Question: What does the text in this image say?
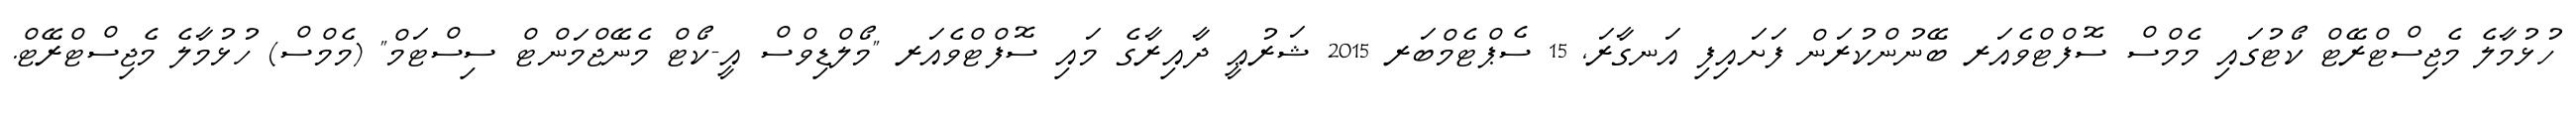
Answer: ހުޅުމާލެ މެޖިސްޓްރޭޓް ކޯޓުގައި މެމްސް ސޮފްޓްވެއަރ ބޭނުންކުރަން ފަށައިފި އަނގާރަ, 15 ސެޕްޓެމްބަރ 2015 ޝަރުޢީ ދާއިރާގެ މައި ސޮފްޓްވެއަރ "މޯލްޑިވްސް އީ-ކޯޓް މެނޭޖްމަންޓް ސިސްޓަމް" (މެމްސް) ހުޅުމާލެ މެޖިސްޓްރޭޓް.